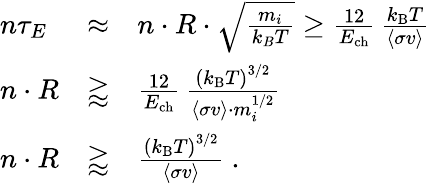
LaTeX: \begin{array}{lll}{n\tau_{E}}&{\approx}&{n\cdot R\cdot{\sqrt{\frac{m_{i}}{k_{B}T}}}\geq{\frac{12}{E_{\mathrm{{ch}}}}}\, {\frac{k_{\mathrm{{B}}}T}{\langle\sigma v\rangle}}}\\ {n\cdot R}&{\gtrapprox}&{{\frac{12}{E_{\mathrm{{ch}}}}}\, {\frac{\left(k_{\mathrm{{B}}}T\right)^{3/2}}{\langle\sigma v\rangle\cdot m_{i}^{1/2}}}}\\ {n\cdot R}&{\gtrapprox}&{{\frac{\left(k_{\mathrm{{B}}}T\right)^{3/2}}{\langle\sigma v\rangle}}{\mathrm{~.}}}\end{array}